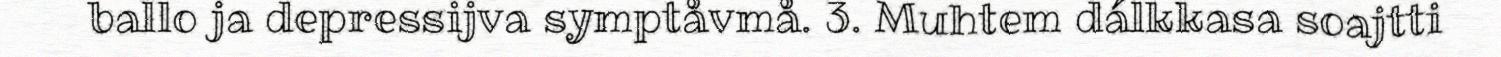
ballo ja depressijva symptåvmå. 3. Muhtem dálkkasa soajtti